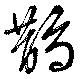
鵲